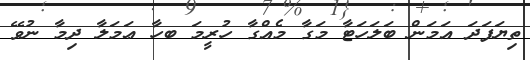
ތިޔަފަދަ އަމަން ބަލަހަޓާ މަގާ މެއްގާ ހުރީމަ ބހާ ޢަމަލާ ދިމާ ނުވޭ